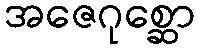
အဇေဂုစ္ဆော